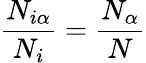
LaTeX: \frac{N_{i\alpha}}{N_{i}}=\frac{N_{\alpha}}{N}